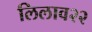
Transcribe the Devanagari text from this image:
लिलाव२२